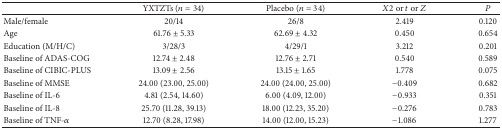
|  | YXTZTs (n = 34) | Placebo (n = 34) | X2 or t or Z | P |
 | --- | --- | --- | --- | --- |
 | Male/female | 20/14 | 26/8 | 2.419 | 0.120 |
 | Age | 61.76 ± 5.33 | 62.69 ± 4.32 | 0.450 | 0.654 |
 | Education (M/H/C) | 3/28/3 | 4/29/1 | 3.212 | 0.201 |
 | Baseline of ADAS-COG | 12.74 ± 2.48 | 12.76 ± 2.71 | 0.540 | 0.589 |
 | Baseline of CIBIC-PLUS | 13.09 ± 2.56 | 13.15 ± 1.65 | 1.778 | 0.075 |
 | Baseline of MMSE | 24.00 (23.00, 25.00) | 24.00 (24.00, 25.00) | −0.409 | 0.682 |
 | Baseline of IL-6 | 4.81 (2.54, 14.60) | 6.00 (4.09, 12.00) | −0.933 | 0.351 |
 | Baseline of IL-8 | 25.70 (11.28, 39.13) | 18.00 (12.23, 35.20) | −0.276 | 0.783 |
 | Baseline of TNF-α | 12.70 (8.28, 17.98) | 14.00 (12.00, 15.23) | −1.086 | 1.277 |